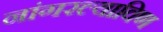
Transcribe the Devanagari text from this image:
नांगरल्याविण